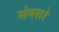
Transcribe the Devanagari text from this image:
संवसरे